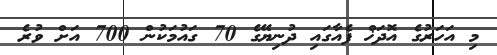
މި އަހަރުގެ އޮދަޚް ފެއާގައި ދުނިޔޭގެ 70 ގައުމަކުން 700 އަށް ވުރެ